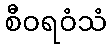
စီဝရဝံသံ